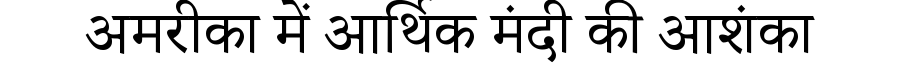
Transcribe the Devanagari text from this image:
अमरीका में आर्थिक मंदी की आशंका